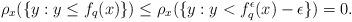
LaTeX: \begin{align*}\rho_x(\{y:y\leq f_q(x)\})\leq \rho_x(\{y:y<f_q^\epsilon(x)-\epsilon\})=0.\end{align*}